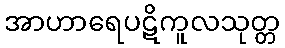
အာဟာရေပဋိကူလသုတ္တ